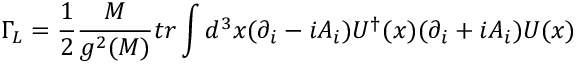
\Gamma _ { L } = { \frac { 1 } { 2 } } { \frac { M } { g ^ { 2 } ( M ) } } t r \int d ^ { 3 } x ( \partial _ { i } - i A _ { i } ) U ^ { \dagger } ( x ) ( \partial _ { i } + i A _ { i } ) U ( x )